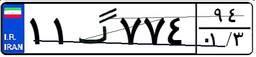
۱۱گ۷۷۴۹۴